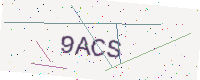
Text: 9ACS